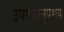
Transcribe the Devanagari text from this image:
उपशयानुपशय